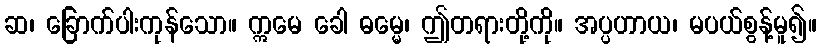
ဆ၊ ခြောက်ပါးကုန်သော။ ဣမေ ခေါ ဓမ္မေ၊ ဤတရားတို့ကို။ အပ္ပဟာယ၊ မပယ်စွန့်မူ၍။